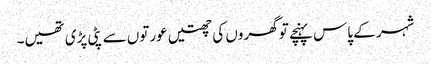
شہر کے پاس پہنچے تو گھروں کی چھتیں عورتوں سے پٹی پڑی تھیں۔